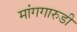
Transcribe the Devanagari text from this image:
मांगगारुडी